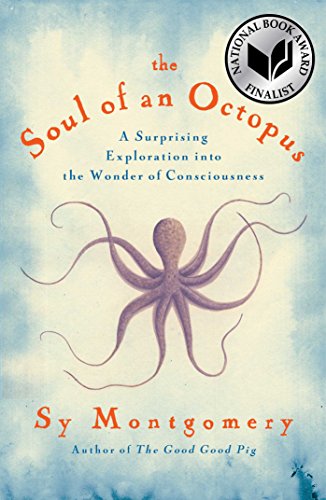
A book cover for The Soul of an Octopus: A Surprising Exploration into the Wonder of Consciousness; Sy Montgomery; Science & Math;